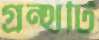
গ্রন্থটি